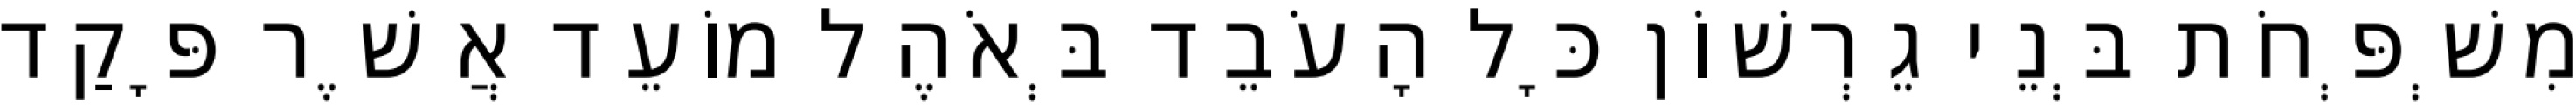
מִשְׁפְּחֹת בְּנֵי גֵרְשׁוֹן כָּל הָעֹבֵד בְּאֹהֶל מוֹעֵד אֲשֶׁר פָּקַד